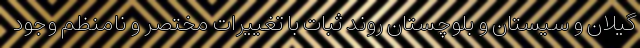
گیلان و سیستان و بلوچستان روند ثبات با تغییرات مختصر و نامنظم وجود